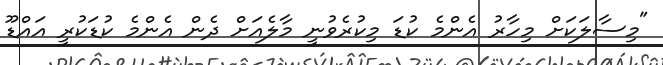
"މިސާލަކަށް މިހާރު އެންމެ ކުޑަ މިކުރެވުނީ މާލެއަށް ދެން އެންމެ ކުޑަކުރީ އައްޑޫ